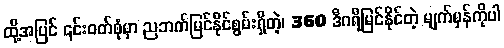
ထို့အပြင် ၎င်းဝတ်စုံမှာ ညဘက်မြင်နိုင်စွမ်းရှိတဲ့၊ 360 ဒီဂရီမြင်နိုင်တဲ့ မျက်မှန်ကိုပါ